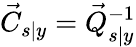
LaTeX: \vec{C}_{s\vert y}=\vec{Q}_{s\vert y}^{-1}